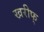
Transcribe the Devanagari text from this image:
खरीफ्